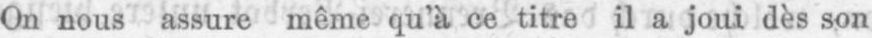
On nous assure même qu’à ce titre il a joui dès son